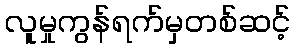
လူမှုကွန်ရက်မှတစ်ဆင့်